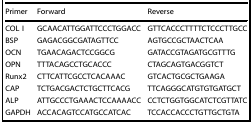
<table><thead><tr><td><b>Primer</b></td><td><b>Forward</b></td><td><b>Reverse</b></td></tr></thead><tbody><tr><td>COL I</td><td>GCAACATTGGATTCCCTGGACC</td><td>GTTCACCCTTTTCTCCCTTGCC</td></tr><tr><td>BSP</td><td>GAGACGGCGATAGTTCC</td><td>AGTGCCGCTAACTCAA</td></tr><tr><td>OCN</td><td>TGAACAGACTCCGGCG</td><td>GATACCGTAGATGCGTTTG</td></tr><tr><td>OPN</td><td>TTTACAGCCTGCACCC</td><td>CTAGCAGTGACGGTCT</td></tr><tr><td>Runx2</td><td>CTTCATTCGCCTCACAAAC</td><td>GTCACTGCGCTGAAGA</td></tr><tr><td>CAP</td><td>TCTGACGACTCTGCTTCACG</td><td>TTCAGGGCATGTGTGATGCT</td></tr><tr><td>ALP</td><td>ATTGCCCTGAAACTCCAAAACC</td><td>CCTCTGGTGGCATCTCGTTATC</td></tr><tr><td>GAPDH</td><td>ACCACAGTCCATGCCATCAC</td><td>TCCACCACCCTGTTGCTGTA</td></tr></tbody></table>